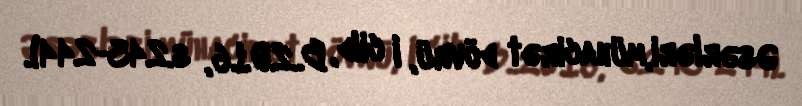
Əsərləri,mühacirət dövrü, I cild, B..2016, s.243-244).